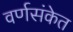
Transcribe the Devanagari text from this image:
वर्णसंकेत